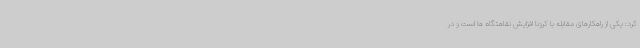
کرد: یکی از راهکارهای مقابله با کرونا افزایش نقاهتگاه ها است و در